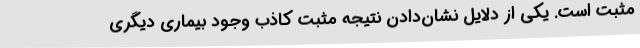
مثبت است. یکی از دلایل نشان‌دادن نتیجه مثبت کاذب وجود بیماری دیگری